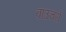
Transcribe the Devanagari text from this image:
वाउचरों